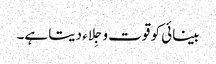
بینائی کو قوت و جِلاء دیتا ہے۔